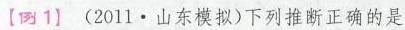
【例1】(2011·山东模拟)下列推断正确的是